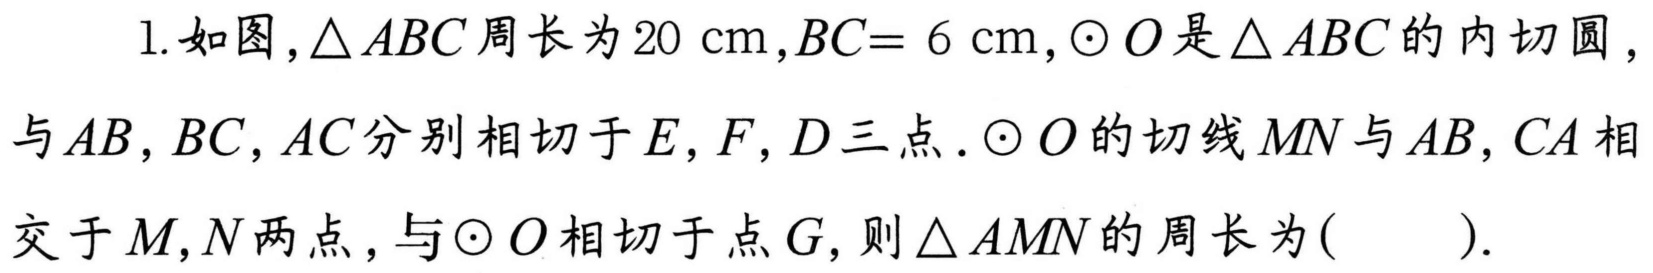
1.如图，\(\triangle ABC\)周长为\(20\mathrm{cm}\)，\(BC = 6\mathrm{cm}\)，\(\odot O\)是\(\triangle ABC\)的内切圆，与\(AB,BC,AC\)分别相切于\(E,F,D\)三点.\(\odot O\)的切线\(MN\)与\(AB,CA\)相交于\(M,N\)两点，与\(\odot O\)相切于点\(G\)，则\(\triangle AMN\)的周长为( ).